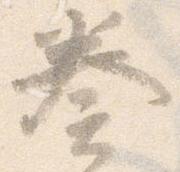
奏